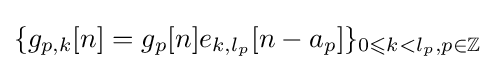
\{g_{p,k}[n]=g_{p}[n]e_{k,l_{p}}[n-a_{p}]\}_{0\leqslant k<l_{p},p\in \mathbb {Z} }